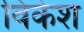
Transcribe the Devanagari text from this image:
विकेश